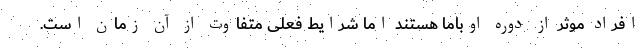
افراد موثر از دوره اوباما هستند اما شرایط فعلی متفاوت از آن زمان است.